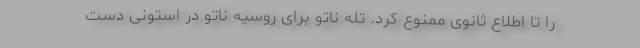
را تا اطلاع ثانوی ممنوع کرد. تله ناتو برای روسیه ناتو در استونی دست